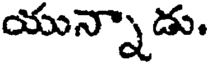
యున్నాడు.